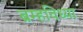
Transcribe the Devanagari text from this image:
ब्रम्हविध्या